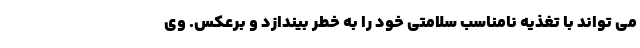
می تواند با تغذیه نامناسب سلامتی خود را به خطر بیندازد و برعکس. وی